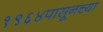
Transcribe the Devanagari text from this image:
१९६४पासूनच्या